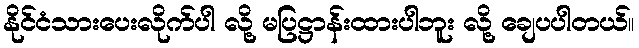
နိုင်ငံသားပေးလိုက်ပါ လို့ မပြဋ္ဌာန်းထားပါဘူး လို့ ချေပပါတယ်။